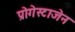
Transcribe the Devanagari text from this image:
प्रोगेस्टाजेन